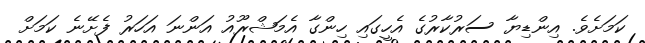
ކަމަށެވެ. އިންޑިޔާ ސަރުކާރުގެ އެހީގައި ހިންގާ އެމަޝްރޫއު އަންނަ އަހަރު ފެށޭނެ ކަމަށް